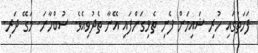
ފަހަތުގައި ހުރި ޝައިމަން ފެނި ތެޅިގަންފައި އޭނާ ތެދުވިއެވެ. ސުބްހާނަ. މަގޭ ދަރި.